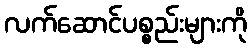
လက်ဆောင်ပစ္စည်းများကို